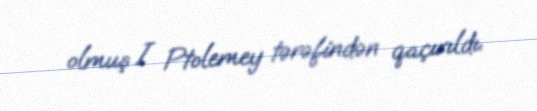
olmuş I Ptolemey tərəfindən qaçırıldı.